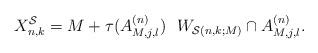
LaTeX: \begin{align*}X_{n,k}^{\mathcal{S}}=M+\tau(A^{(n)}_{M,j,l})\ \ W_{\mathcal{S}(n,k;M)}\cap A^{(n)}_{M,j,l}.\end{align*}